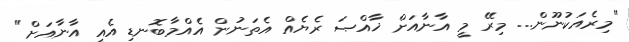
"މިރެއަކުނޫން... މިރޭ މީ އާނާއަށް ޚާއްޞަ ރެޔެއް އެތަނުން އެއްމާބޮނޑި އެއީ އާނާއަށް"